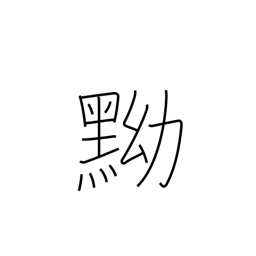
Meaning: black